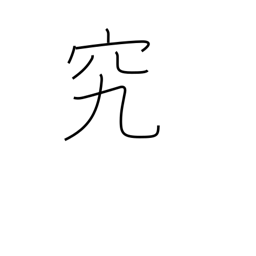
Meaning: study